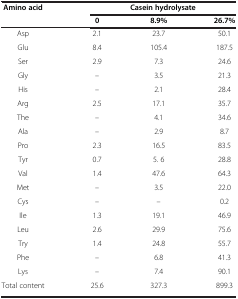
| <ROWSPAN=2> Amino acid | <COLSPAN=3> Casein hydrolysate |
 | 0 | 8.9% | 26.7% |
 | --- | --- | --- | --- |
 | Asp | 2.1 | 23.7 | 50.1 |
 | Glu | 8.4 | 105.4 | 187.5 |
 | Ser | 2.9 | 7.3 | 24.6 |
 | Gly | – | 3.5 | 21.3 |
 | His | – | 2.1 | 28.4 |
 | Arg | 2.5 | 17.1 | 35.7 |
 | The | – | 4.1 | 34.6 |
 | Ala | – | 2.9 | 8.7 |
 | Pro | 2.3 | 16.5 | 83.5 |
 | Tyr | 0.7 | 5. 6 | 28.8 |
 | Val | 1.4 | 47.6 | 64.3 |
 | Met | – | 3.5 | 22.0 |
 | Cys | – | – | 0.2 |
 | Ile | 1.3 | 19.1 | 46.9 |
 | Leu | 2.6 | 29.9 | 75.6 |
 | Try | 1.4 | 24.8 | 55.7 |
 | Phe | – | 6.8 | 41.3 |
 | Lys | – | 7.4 | 90.1 |
 | Total content | 25.6 | 327.3 | 899.3 |